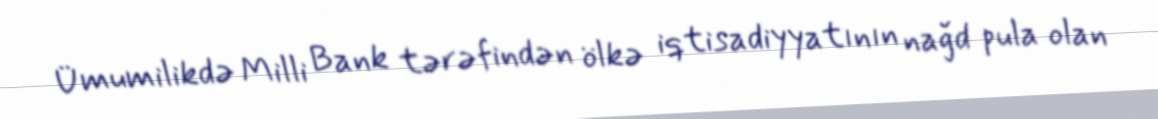
Ümumilikdə Milli Bank tərəfindən ölkə iqtisadiyyatının nağd pula olan